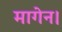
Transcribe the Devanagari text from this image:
मागेन।